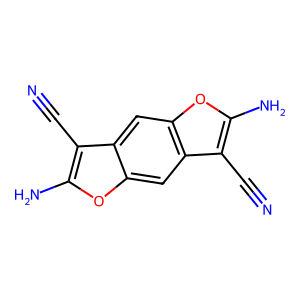
SMILES: N#Cc1c(N)oc2cc3c(C#N)c(N)oc3cc12
Inhibits HIV replication: No